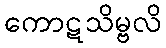
ကောဋသိမ္ဗလိ